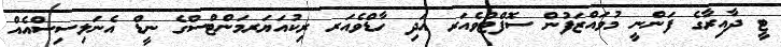
ޓީ ދާއިރާގެ ފަންނީ މުވައްޒަފުން ސޮފްޓްވެއަރ އަދި ހާޑްވެއަރ ރިކުއަޔަރމަންޓްސްގެ ނީޑް އެނަލިސިސްއެއް